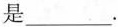
是___。